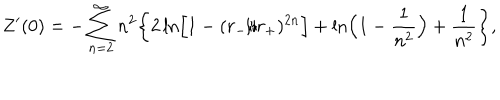
Z ^ { \prime } ( 0 ) = - \sum _ { n = 2 } ^ { \infty } n ^ { 2 } \biggr \{ 2 \ln \Bigr [ 1 - ( r _ { - } / r _ { + } ) ^ { 2 n } \Bigr ] + \ln \Bigr ( 1 - { \frac { 1 } { n ^ { 2 } } } \Bigr ) + { \frac { 1 } { n ^ { 2 } } } \biggr \} ,